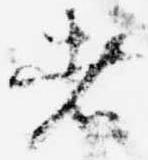
者